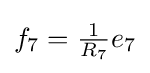
{\textstyle f_{7}={\frac {1}{R_{7}}}e_{7}}